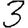
Digit: 3